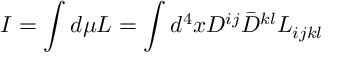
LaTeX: I = \int d \mu { \cal L } = \int d ^ { 4 } x D ^ { i j } \bar { D } ^ { k l } L _ { i j k l }